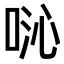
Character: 𫪍